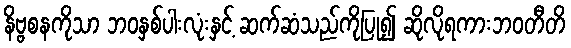
နိဗ္ဗစနကိုသာ ဘဝနှစ်ပါးလုံးနှင့် ဆက်ဆံသည်ကိုပြု၍ ဆိုလိုရကားဘဝတီတိ